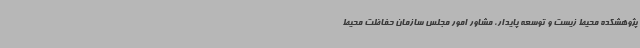
پژوهشکده محیط زیست و توسعه پایدار، مشاور امور مجلس سازمان حفاظت محیط